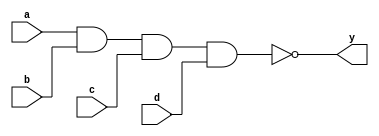
`timescale 1ns / 1ps
//////////////////////////////////////////////////////////////////////////////////
// Module Name: xup_nand4
//////////////////////////////////////////////////////////////////////////////////
module xup_nand4 #(parameter DELAY = 3)(
    input a,
    input b,
    input c,
    input d,
    output y
    );
    
    nand #DELAY (y,a,b,c,d);
    
endmodule